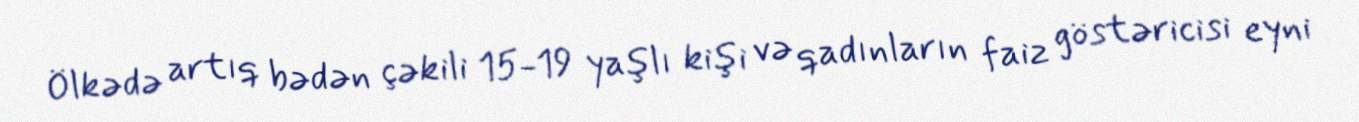
Ölkədə artıq bədən çəkili 15-19 yaşlı kişi və qadınların faiz göstəricisi eyni